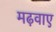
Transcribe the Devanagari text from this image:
मढ़वाए